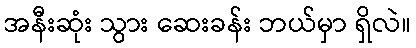
အနီးဆုံး သွား ဆေးခန်း ဘယ်မှာ ရှိလဲ။